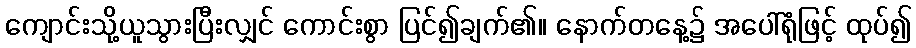
ကျောင်းသို့ယူသွားပြီးလျှင် ကောင်းစွာ ပြင်၍ချက်၏။ နောက်တနေ့၌ အပေါ်ရုံဖြင့် ထုပ်၍